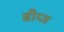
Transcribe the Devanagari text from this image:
बीम्ज